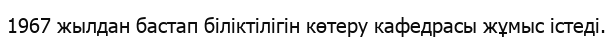
1967 жылдан бастап біліктілігін көтеру кафедрасы жұмыс істеді.